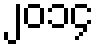
၂၀၁၄